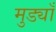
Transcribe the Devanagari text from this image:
मुड्याँ